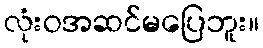
လုံးဝအဆင်မပြေဘူး။